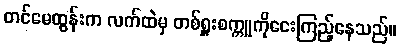
တင်မေထွန်းက လက်ထဲမှ တစ်ရှူးစက္ကူကိုငေးကြည့်နေသည်။